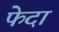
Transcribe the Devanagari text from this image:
फेदा